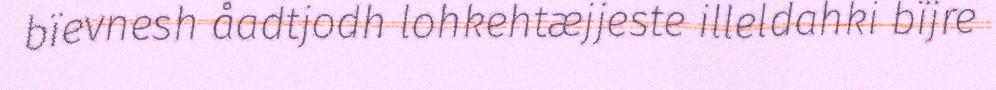
bïevnesh åadtjodh lohkehtæjjeste illeldahki bïjre